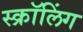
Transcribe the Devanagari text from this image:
स्क्रॉलिंग